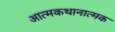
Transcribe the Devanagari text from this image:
आत्मकथानात्मक